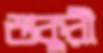
শুকুরী